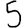
Digit: 5